Oru_vallavalitsus, lk 23
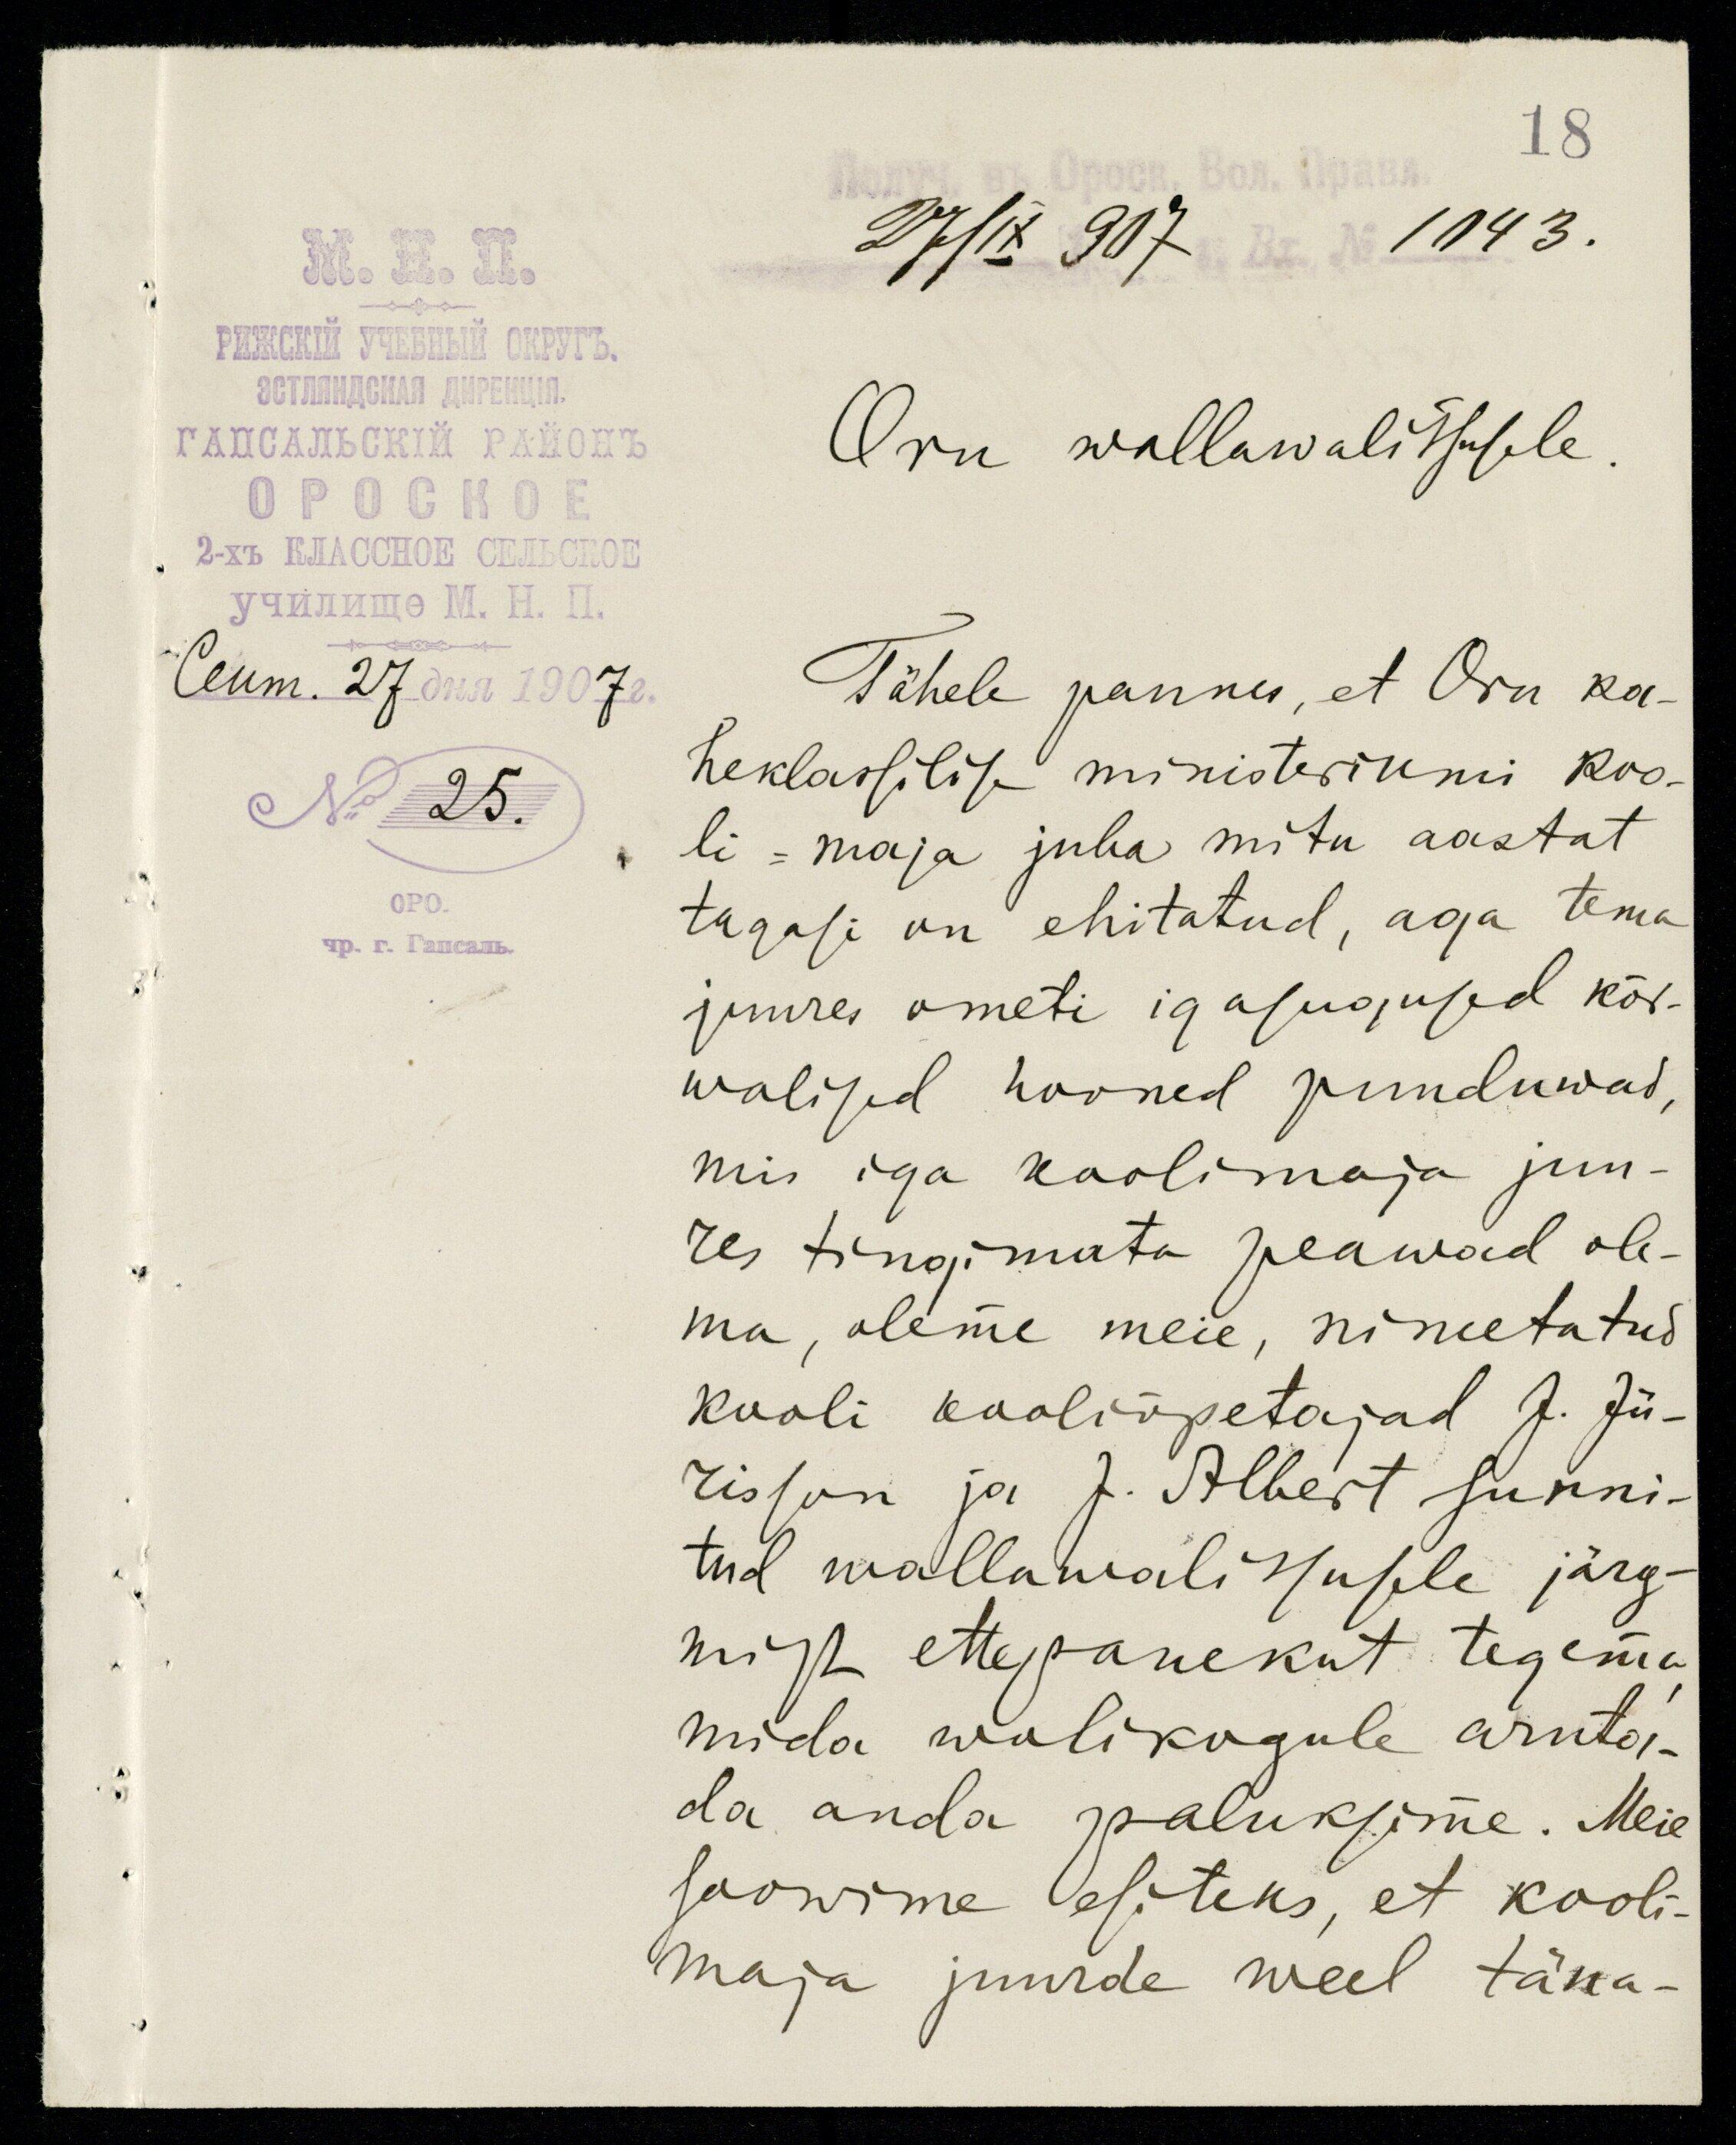
18

Oru wallawalitsusele.
Tähele pannes, et Oru ka-
heklassilise ministeriumi koo-
li-maja juba mitu aastat
tagasi on ehitatud, aga tema
juures ometi igasugused kõr-
walised hooned puuduwad,
mis iga koolimaja juu-
res tingimata peawad ole-
ma, oleme meie, nimetatud
kooli kooliõpetajad J. Jü-
risson ja J. Albert sunni-
tud wallawalitsusele järg-
mist ettepanekut tegema,
mida wolikogule aruta-
da anda paluksime. Meie
soowime esiteks, et kooli-
maja juurde weel täna-